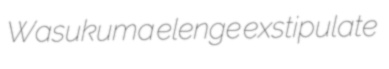
Wasukuma elenge exstipulate